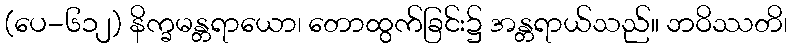
(ပေ-၆၁၂) နိက္ခမန္တရာယော၊ တောထွက်ခြင်း၌ အန္တရာယ်သည်။ ဘဝိဿတိ၊